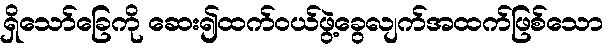
ရှိသော်ခြေကို ဆေး၍ထက်ဝယ်ဖွဲ့ခွေလျက်အထက်ဖြစ်သော